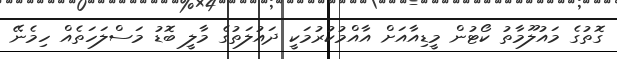
ގޮތުގެ މައުލޫމާތު ކޯޓުން މީޑިއާއަށް އާއްމުކުުރުމަކީ ދައުލަތުގެ މާލީ ބޮޑު މަސްލަހަތެއް ހިމެނޭ